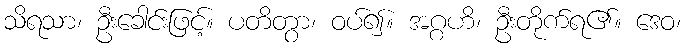
သိရသာ၊ ဦးခေါင်းဖြင့်။ ပတိတွာ၊ ဝပ်၍။ အဂ္ဂဟိ၊ ဦးတိုက်ရ၏။ ဒေဝ၊